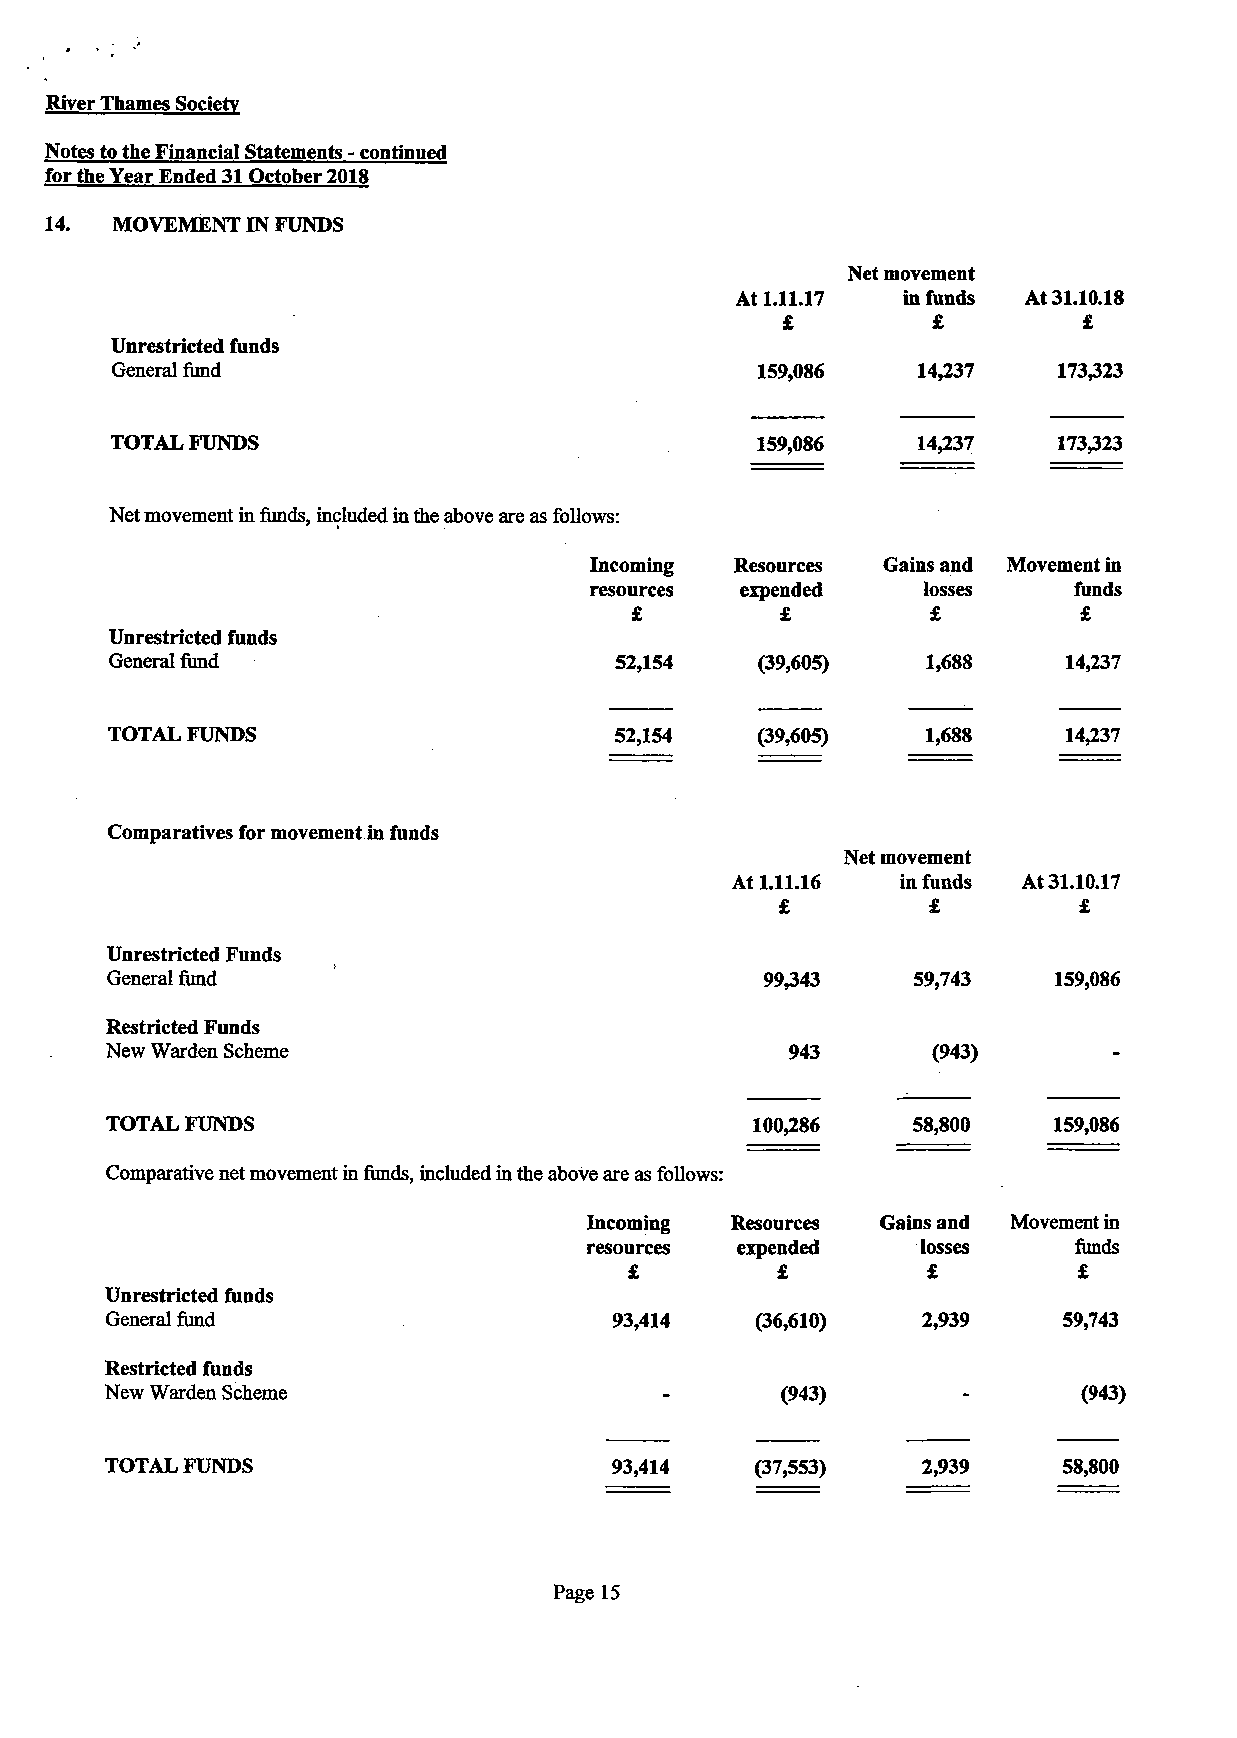
River Thames Society
 Notes to the Financial Statements - continued
 for the Year Ended 31 October 2018
 14.  MOVEMENT IN FUNDS
 Net movement
 At 1.11.17 in funds At 31.10.18
 £         £         £
 Unrestricted funds
 General fund                               159,086    14,237   173,323
 TOTAL FUNDS                                159,086    14,237   173,323
 Net movement in funds, included in the above are as follows:
 Incoming  Resources Gains and Movement in
 resources expended    losses    funds
 £         £         £        £
 Unrestricted funds
 General fund                      52,154   (39,605)   1,688     14,237
 TOTAL FUNDS                       52,154   (39,605)   1,688     14,237
 Comparatives for movement in funds
 Net movement
 At 1.11.16  in funds At 31.10.17
 £        £         £
 Unrestricted Funds
 General fund                                99,343   59,743    159,086
 Restricted Funds
 New Warden Scheme                            943       (943)
 TOTAL FUNDS                                100,286   58,800    159,086
 Comparative net movement in funds, included in the above are as follows:
 Incoming Resources Gains and Movement in
 resources expended    losses    funds
 £        £         £         £
 Unrestricted funds
 General fund                      93,414              2,939    59,743
 (36,610)
 Restricted funds
 New Warden Scheme                                                (943)
 (943)
 TOTAL FUNDS                       93,414   (37,553)   2,939    58,800
 Page 15